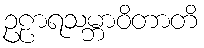
ဥဠာရသမ္ဘာဝိတာတိ